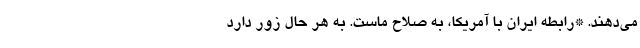
می‌دهند. *رابطه ایران با آمریکا، به صلاح ماست. به هر حال زور دارد